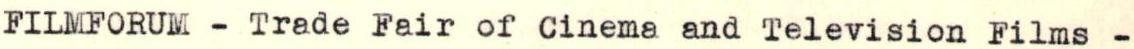
FILMFORUM - Trade Fair of Cinema and Television Films -